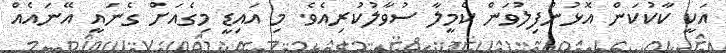
އަކީ ކާކުކަން އޮޅުންފިލުވަން ކެމީލާ ސުވާލުކުރިއެވެ. މި އައިޑީ މިގެއަށް ގެނައީ އޭނައެއް